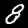
Digit: 8